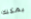
يمكنك